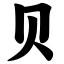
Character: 贝